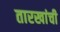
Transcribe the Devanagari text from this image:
तारखांची